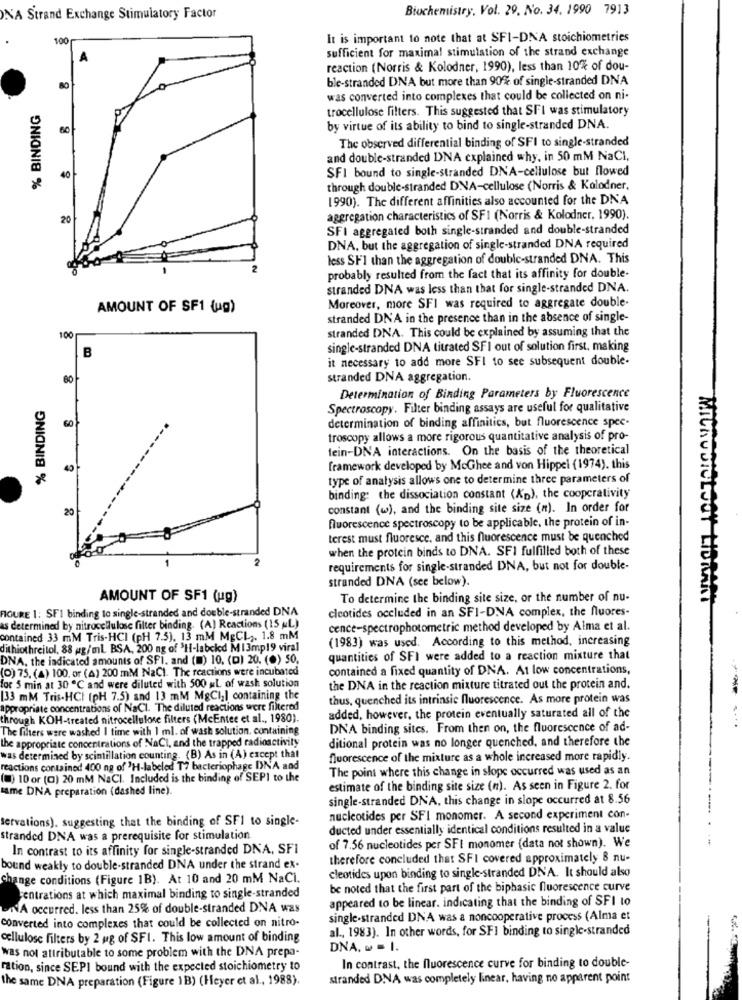
Biochemistry, Vol. 29. No. 34. 1990 7913
NA Strand Exchange Stimulatory Factor
100
It is important to note that at SFI-DNA stoichiometries
sufficient for maximal stimulation of the strand exchange
A
reaction (Norris & Kolodner, 1990), less than 10% of dou-
ble-stranded DNA but more than 90 of single-stranded DNA
80
was converted into complexes that could be collected on ni-
% BINDING
trocellulose filters. This suggested that SFI was stimulatory
by virtue of its ability to bind to single-stranded DNA.
The observed differential binding of SFI to single-stranded
and double-stranded DNA explained why, in 50 mM NaCl,
SFI bound to single-stranded DNA-cellulose but flowed
40
through double-stranded DNA-cellulose (Norris & Kolodner.
1990). The different affinities also accounted for the DNA
20
aggregation characteristics of SFI (Norris & Kolodner, 1990).
SFI aggregated both single-stranded and double-stranded
DNA, but the aggregation of single-stranded DNA required
less SFI than the aggregation of double-stranded DNA. This
2
probably resulted from the fact that its affinity for double-
stranded DNA was less than that for single-stranded DNA.
AMOUNT OF SF1 (ug)
Moreover, more SFI was required to aggregate double-
stranded DNA in the presence than in the absence of single-
stranded DNA. This could be explained by assuming that the
100
B
single-stranded DNA titrated SFI out of solution first, making
it necessary to add more SFI to see subsequent double-
stranded DNA aggregation.
Determination of Binding Parameters by Fluorescence
% BINDING
Spectroscopy. Filter binding assays are useful for qualitative
60
determination of binding affinities, but fluorescence spec-
troscopy allows a more rigorous quantitative analysis of pro-
fein-DNA interactions. On the basis of the theoretical
framework developed by MeGhee and von Hippel (1974). this
type of analysis allows one to determine three parameters of
binding: the dissociation constant (Xp), the cooperativity
20
constant (w), and the binding site size (n). In order for
fluorescence spectroscopy to be applicable, the protein of in-
terest must fluoresce, and this fluorescence must be quenched
when the protein binds to DNA. SFI fulfilled both of these
2
requirements for single-stranded DNA, but not for double-
stranded DNA (see below).
AMOUNT OF SF1 (ug)
To determine the binding site size, or the number of nu-
FIGURE 1: SF! binding to single-stranded and double-stranded DNA
cleotides occluded in an SFI-DNA complex, the fluores-
as determined by nitrocellulose filter binding. (A) Reactions (15 AL)
cence-spectrophotometric method developed by Alma et al.
contained 33 mM Tris-HCI (PH 7.5), 13 mM MgCL ,. 1.8 mM
(1983) was used. According to this method, increasing
dithiothreitol, 88 ug/ml BSA, 200 ng of 'Hi-labeled M1 3mp19 viral
DNA, the indicated amounts of SFI. and (m) 10. (D) 20. (*) 50.
quantities of SFI were added to a reaction mixture that
(0) 75. (4) 100. or (A) 200 mM NaCI. The reactions were incubated
contained a fixed quantity of DNA. At low concentrations,
for 5 min at 30 ℃ and were diluted with 500 ML of wash solution
the DNA in the reaction mixture titrated out the protein and.
[33 mM Tris-HCI (pH 7.5) and 13 mM M&Cil containing the
thus, quenched its intrinsic fluorescence. As more protein was
appropriate concentrations of NaCl. The diluted reactions were filtered
through KOH-treated nitrocellulose filters (McEntee et al ., 1980).
added, however, the protein eventually saturated all of the
....
The filters were washed I time with 1 ml. of wash solution, containing
DNA binding sites. From then on, the fluorescence of ad-
the appropriate concentrations of NaCl, and the trapped radioactivity
ditional protein was no longer quenched, and therefore the
was determined by scintillation counting. (B) As in (A) except that
fluorescence of the mixture as a whole increased more rapidly.
reactions contained 400 ng of 'H-labeled T? bacteriophage DNA and
The point where this change in slope occurred was used as an
(1) 10 or (C) 20 mM NaCl. Included is the binding of SEPI to the
same DNA preparation (dashed line).
estimate of the binding site size (n). As seen in Figure 2. for
single-stranded DNA, this change in slope occurred at 8.56
servations). suggesting that the binding of SFI to single-
nucleotides per SFI monomer. A second experiment con-
ducted under essentially identical conditions resulted in a value
stranded DNA was a prerequisite for stimulation
In contrast to its affinity for single-stranded DNA, SFI
of 7.56 nucleotides per SFI monomer (data not shown). We
therefore concluded that SFI covered approximately 8 nu-
bound weakly to double-stranded DNA under the strand ex-
cleotides upon binding to single-stranded DNA. It should also
Change conditions (Figure 1B). At 10 and 20 mM NaCl.
be noted that the first part of the biphasic fluorescence curve
centrations at which maximal binding to single-stranded
appeared to be linear. indicating that the binding of SFI to
NA occurred. less than 25% of double-stranded DNA was
single-stranded DNA was a noncooperative process (Alma et
converted into complexes that could be collected on nitro-
al ., 1983). In other words, for SFI binding to single-stranded
cellulose filters by 2 ug of SFI. This low amount of binding
was not attributable to some problem with the DNA prepa-
DNA. w = 1.
In contrast, the fluorescence curve for binding to double-
ration, since SEPI bound with the expected stoichiometry to
the same DNA preparation (Figure 1B) (Heyer et al ., 1988).
stranded DNA was completely linear, having no apparent point